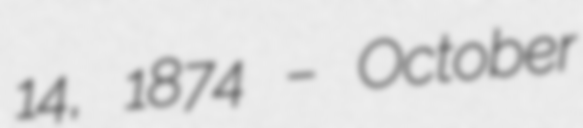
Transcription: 14, 1874 – October